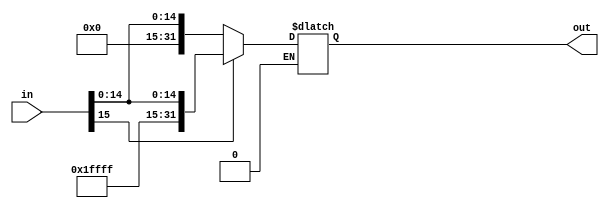
`timescale 1ns / 1ps
//////////////////////////////////////////////////////////////////////////////////
// Company: 
// Engineer: 
// 
// Design Name: 
// Module Name: sign_ext
// Project Name: 
// Target Devices: 
// Tool Versions: 
// Description: 
// 
// Dependencies: 
// 
// Revision:
// Revision 0.01 - File Created
// Additional Comments:
// 
//////////////////////////////////////////////////////////////////////////////////


module sign_ext ( in,out);

input [15:0] in;
output reg [31:0] out;

always @(in)
begin 
  if(in[15]==0)
       out= { 16'h0000,in};
  else if(in[15]==1)
       begin
            out ={16'hffff,in};
          end
  end

endmodule